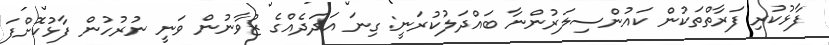
ފާޅުކުރި ފަރާތްތަކުން ކައުންސިލަރުންނާ ބައްދަލުކުރަނީ: ގިނަ އަދަދެއްގެ ޒުވާނުން ވަނީ ނުރުހުން ފާޅުކޮށްފަ